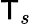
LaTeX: \mathsf{T}_{s}